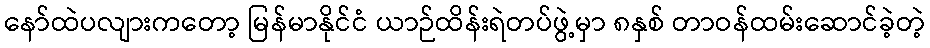
နော်ထဲပလျားကတော့ မြန်မာနိုင်ငံ ယာဉ်ထိန်းရဲတပ်ဖွဲ့မှာ ၈နှစ် တာဝန်ထမ်းဆောင်ခဲ့တဲ့